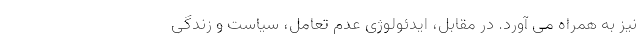
نیز به همراه می­ آورد. در مقابل، ایدئولوژی عدمِ تعامل، سیاست و زندگی